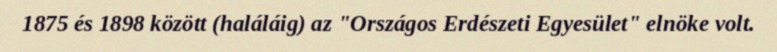
1875 és 1898 között (haláláig) az "Országos Erdészeti Egyesület" elnöke volt.